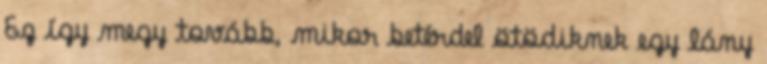
Ez így megy tovább, mikor betérdel ötödiknek egy lány